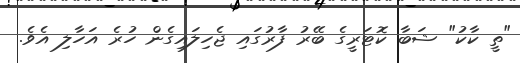
"ތީ ކާކު" ޝަބާ ކޮޓަރީގެ ބޭރު ފާރުގައި ޖެހިލައިގެން ހުރެ އަހާލި އެވެ.